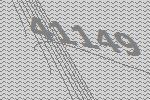
41149